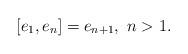
LaTeX: \begin{align*} [e_1,e_n] = e_{n+1}, \ n >1. \end{align*}